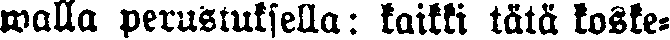
walla perustuksella: kaikki tätä koske-